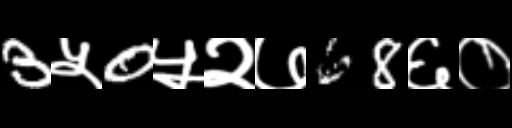
Text: 3५0५२७68६०